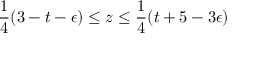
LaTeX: \frac { 1 } { 4 } ( 3 - t - \epsilon ) \leq z \leq \frac { 1 } { 4 } ( t + 5 - 3 \epsilon )